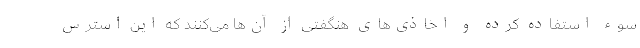
سوء استفاده کرده و اخاذی‌های هنگفتی از آن‌ها می‌کنند که این استرس